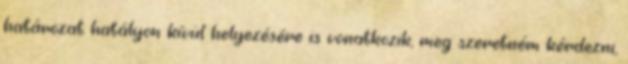
határozat hatályon kívül helyezésére is vonatkozik, meg szeretném kérdezni,